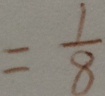
= \frac { 1 } { 8 }